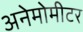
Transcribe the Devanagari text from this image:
अनेमोमीटर